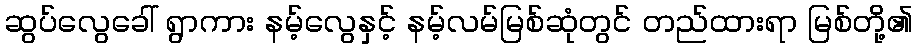
ဆွပ်လွေခေါ် ရွာကား နမ့်လွေနှင့် နမ့်လမ်မြစ်ဆုံတွင် တည်ထားရာ မြစ်တို့၏